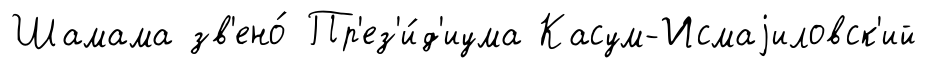
Шамама зв'ено́ Пр'ез'и́д'иума Касум-Исмаjиловск'ий